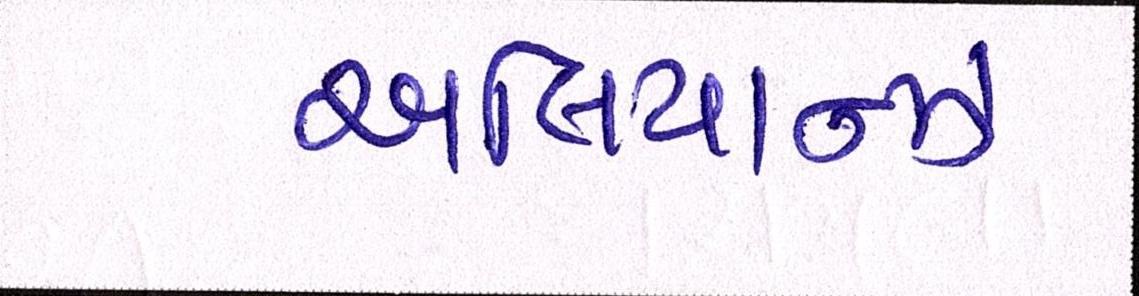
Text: આલિયાન્ઝ